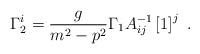
LaTeX: \begin{align*}\Gamma_{2}^i=\frac{g}{m^2-p^2}\Gamma_{1} A_{ij}^{-1}\left[1\right]^j\ .\end{align*}